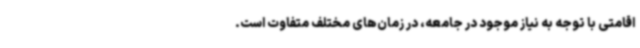
اقامتی با توجه به نیاز موجود در جامعه، در زمان‌های مختلف متفاوت است.